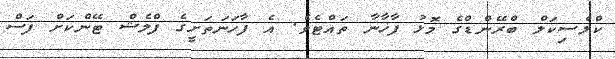
ކްލެސިކަލް ބްރޭންޑްގެ މޮޅު ފާޚާނާ ތައްޓެވެ. އެ ފާހަނަތަށީގެ ފްލެޝް ޓޭންކަށް ފަސް